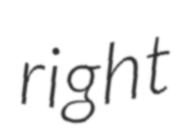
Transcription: right